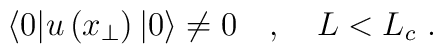
\langle 0| u \left(x_{\perp}\right) |0\rangle  \neq  0 \quad ,\quad L< L_c \ .